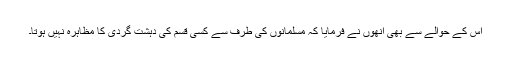
اس کے حوالے سے بھی انھوں نے فرمایا کہ مسلمانوں کی طرف سے کسی قسم کی دہشت گردی کا مظاہرہ نہیں ہوتا۔